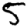
Digit: 5